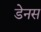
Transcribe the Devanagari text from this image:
डेनस